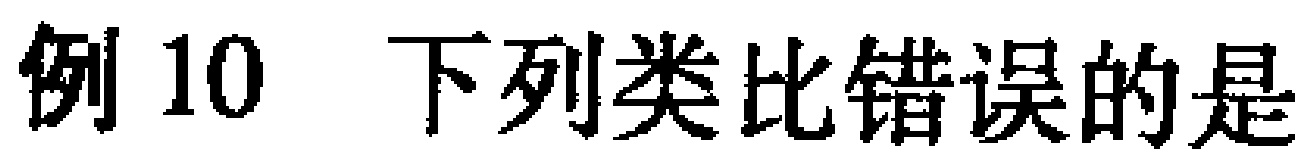
例 10 下列类比错误的是